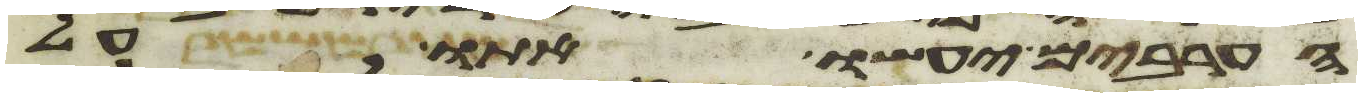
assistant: הערבים יעשו אתו על